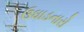
ઉઘાડનારો